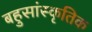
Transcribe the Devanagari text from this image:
बहुसांस्‍कृतिक